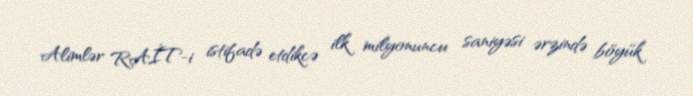
Alimlər RAİT-i istifadə etdikcə ilk milyonuncu saniyəsi ərzində böyük